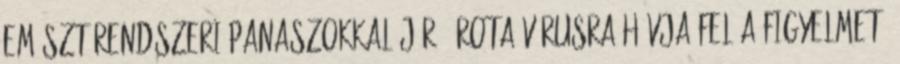
emésztőrendszeri panaszokkal járó, rota vírusra hívja fel a figyelmet.